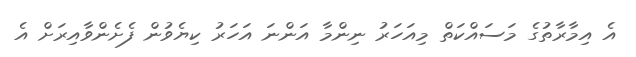
އެ އިމާރާތުގެެ މަސައްކަތް މިއަހަރު ނިންމާ އަންނަ އަހަރު ކިޔެވުން ފެށެންވާއިރަށް އެ